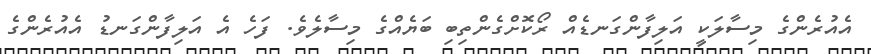
އެއުރެންގެ މިސާލަކީ އަލިފާންގަނޑެއް ރޯކޮށްގެންތިބި ބަޔެއްގެ މިސާލެވެ. ފަހެ އެ އަލިފާންގަނޑު އެއުރެންގެ